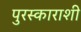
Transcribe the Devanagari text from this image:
पुरस्काराशी